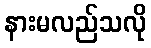
နားမလည်သလို